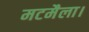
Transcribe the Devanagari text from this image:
मटमैला।